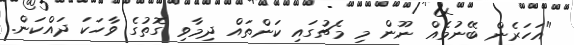
"އަހަރެން ބޭނުމެއް ނޫން މި މެޗުގައި ކަންތައް ދިމާވި ގޮތުގެ ވާހަކަ ދައްކަން.